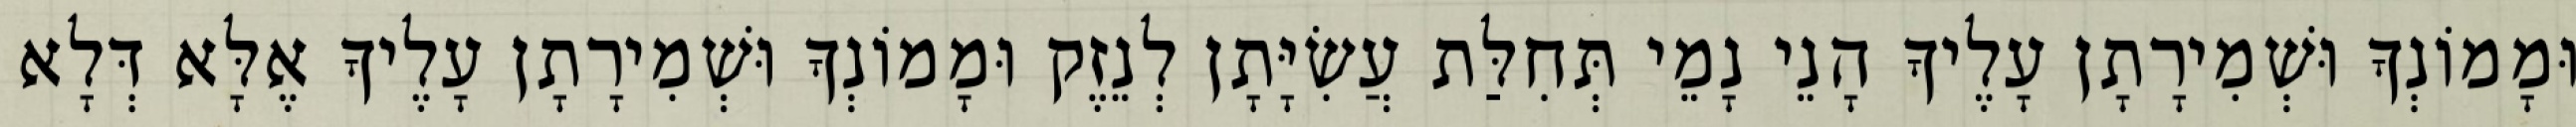
וּמָמוֹנְךָ וּשְׁמִירָתָן עָלֶיךָ הָנֵי נָמֵי תְּחִלַּת עֲשִׂיָּתָן לְנֵזֶק וּמָמוֹנְךָ וּשְׁמִירָתָן עָלֶיךָ אֶלָּא דְּלָא